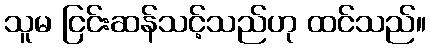
သူမ ငြင်းဆန်သင့်သည်ဟု ထင်သည်။